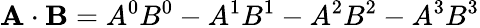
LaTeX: \mathbf{A}\cdot\mathbf{B}=A^{0}B^{0}-A^{1}B^{1}-A^{2}B^{2}-A^{3}B^{3}